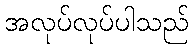
အလုပ်လုပ်ပါသည်